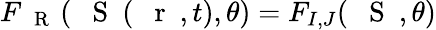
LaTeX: F_{\mathrm{~{~\mathbf~R~}~}}({\mathrm{~{~\mathbf~S~}~}}(\mathrm{~{~\mathbf~r~}~},t),\theta)=F_{I,J}({\mathrm{~{~\mathbf~S~}~}},\theta)